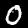
Label: 0